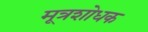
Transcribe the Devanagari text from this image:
मूत्रशोधक